Reports on dispensaries and lunatic asylums in the Province of Oudh - 1869-1876
Year: 1869
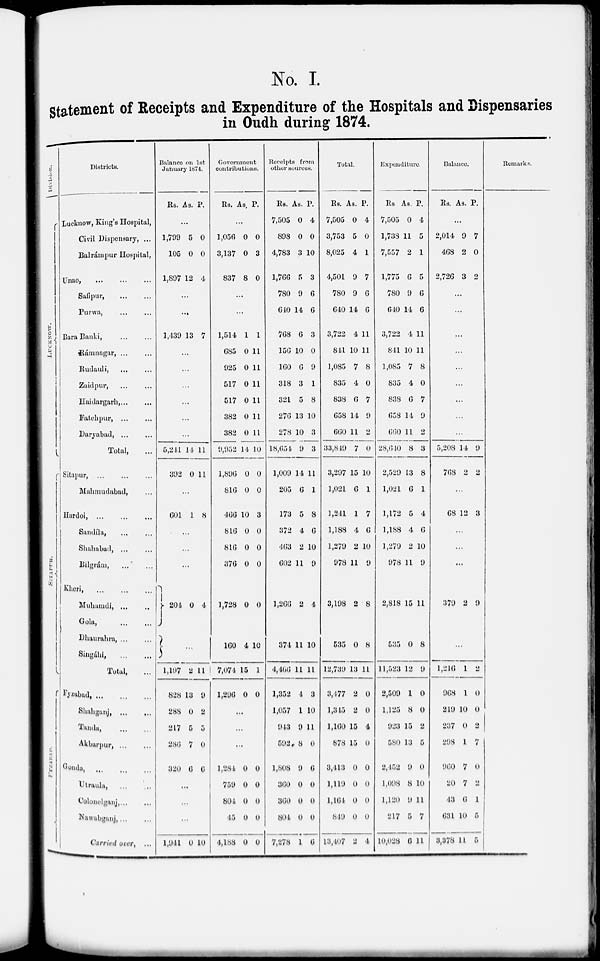
No. I.
Statement of Receipts and Expenditure of the Hospitals and Dispensaries
in Oudh during 1874.
Division.
LUCKNOW.
SITAPUR.
FYZABAD.
Districts.
Lucknow, King's Hospital,
Civil Dispensary, ...
Balrámpur Hospital,
Unao, ... ... ...
Safipur,
...
...
Purwa,
...
...
Bara Banki, ... ...
Rámnagar, ... ...
Rudauli, ... ...
Zaidpur, ... ...
Haidargarh, ... ...
Fatehpur, ... ...
Daryabad,
...
...
Total, ...
Sitapur, ... ... ...
Mahmudabad, ...
Hardoi,
...
...
...
Sandíla,
...
...
Shahabad, ... ...
Bilgrám, ... ...
Kheri,
...
...
...
Muhamdi,
...
..
Gola,
...
...
Dhaurahra, ... ...
Singábi,
...
...
Total, ...
Fyzabad,
...
...
...
Shahgunj,
...
...
Taudu,
...
...
Akbarpur,
...
...
Gonda,
...
...
...
Utraula,
... ...
Colonelganj, ... ...
Nawabganj,...
...
Carried over, ...
Balance on 1st
January 1874.
Rs. As. P.
...
1,799
105
1,897
5
0
12
0
0
4
...
...
1,439 13 7
...
...
...
...
...
...
5,244
392
14
0
11
11
...
601 1 8
...
...
...
204 0 4
...
1,197
828
288
217
286
320
2
13
0
5
7
6
11
9
2
5
0
6
...
...
...
1,944 0 10
Government
contributions.
Rs. As. P.
...
1,050
3,137
837
0
0
8
0
3
0
...
...
1,514
685
925
517
517
382
382
9,952
1,896
816
466
816
816
376
1,728
160
7,074
1,296
1
0
0
0
0
0
0
14
0
0
10
0
0
0
0
4
15
0
1
11
11
11
11
11
11
10
0
0
3
0
0
0
0
10
1
0
...
...
...
1,284
759
804
45
4,188
0
0
0
0
0
0
0
0
0
0
Receipts from
other sources.
Rs.
7,505
898
4,783
1,766
780
640
768
156
160
318
321
276
278
18,654.
1,009
205
173
372
463
602
1,266
374
4,466
1,352
1,057
943
592
1,808
360
360
804
7,278
As.
0
0
3
5
9
14
6
10
6
3
5
13
10
9
14
6
5
4
2
11
2
11
11
4
1
9
8
9
0
0
0
1
P.
4
0
10
3
6
6
3
0
9
1
8
10
3
3
11
1
8
6
10
9
4
10
11
3
10
11
0
6
0
0
0
6
Total.
Rs.
7,505
3,753
8,025
4,501
780
640
3,722
841
1,085
835
838
658
660
33,840
3,297
1,021
1,241
1,188
1,279
978
3,198
535
12,739
3,177
1,345
1,160
878
3,413
1,119
1,164
819
13,407
As.
0
5
4
9
9
14
4
10
7
4
6
14
11
7
15
6
1
4
2
11
2
0
13
2
2
15
15
0
0
0
0
2
P.
4
0
1
7
6
6
11
11
8
0
7
9
2
0
10
1
7
6
10
9
8
8
11
0
0
4
0
0
0
0
0
4
Expenditure.
Rs.
7,505
1,738
7,557
1,775
780
640
3,722
844
1,085
835
838
658
660
28,640
2,529
1,021
1,172
1,188
1,279
978
2,818
535
11,523
2,509
1,125
923
550
2,152
1,098
1,120
217
10,028
As.
0
11
2
6
9
14
4
10
7
4
6
14
11
8
43
6
5
4
2
11
15
0
12
1
8
15
13
9
8
9
5
6
P.
4
5
1
5
6
6
11
11
8
0
7
9
2
3
8
1
4
6
10
9
11
8
9
0
0
2
5
0
10
11
7
11
Balance.
Rs. As. P.
...
2,014
468
2,726
9
2
3
7
0
2
...
...
...
...
...
...
...
...
...
5,208
768
14
1
9
2
...
68 12 3
...
...
...
379 2 9
...
1,216
968
219
237
298
960
20
43
631
3,378
1
1
10
0
1
7
7
6
10
11
2
0
0
2
7
0
2
4
5
5
Remarks.